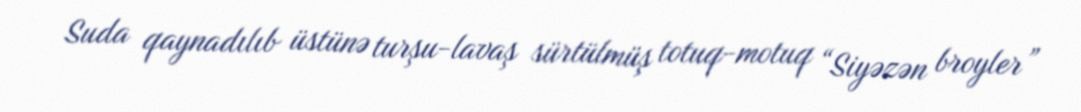
Suda qaynadılıb üstünə turşu-lavaş sürtülmüş totuq-motuq “Siyəzən broyler”